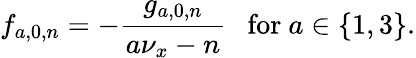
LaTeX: f_{a,0,n}=-\frac{g_{a,0,n}}{a\nu_{x}-n}\ \ \ \mathrm{for}\ a\in\left\{ 1,3\right\} .